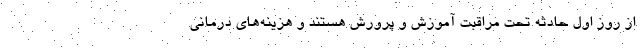
از روز اول حادثه تحت مراقبت آموزش و پرورش هستند و هزینه‌های درمانی